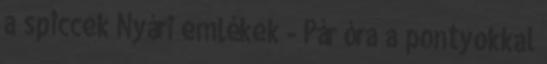
a spiccek Nyári emlékek - Pár óra a pontyokkal